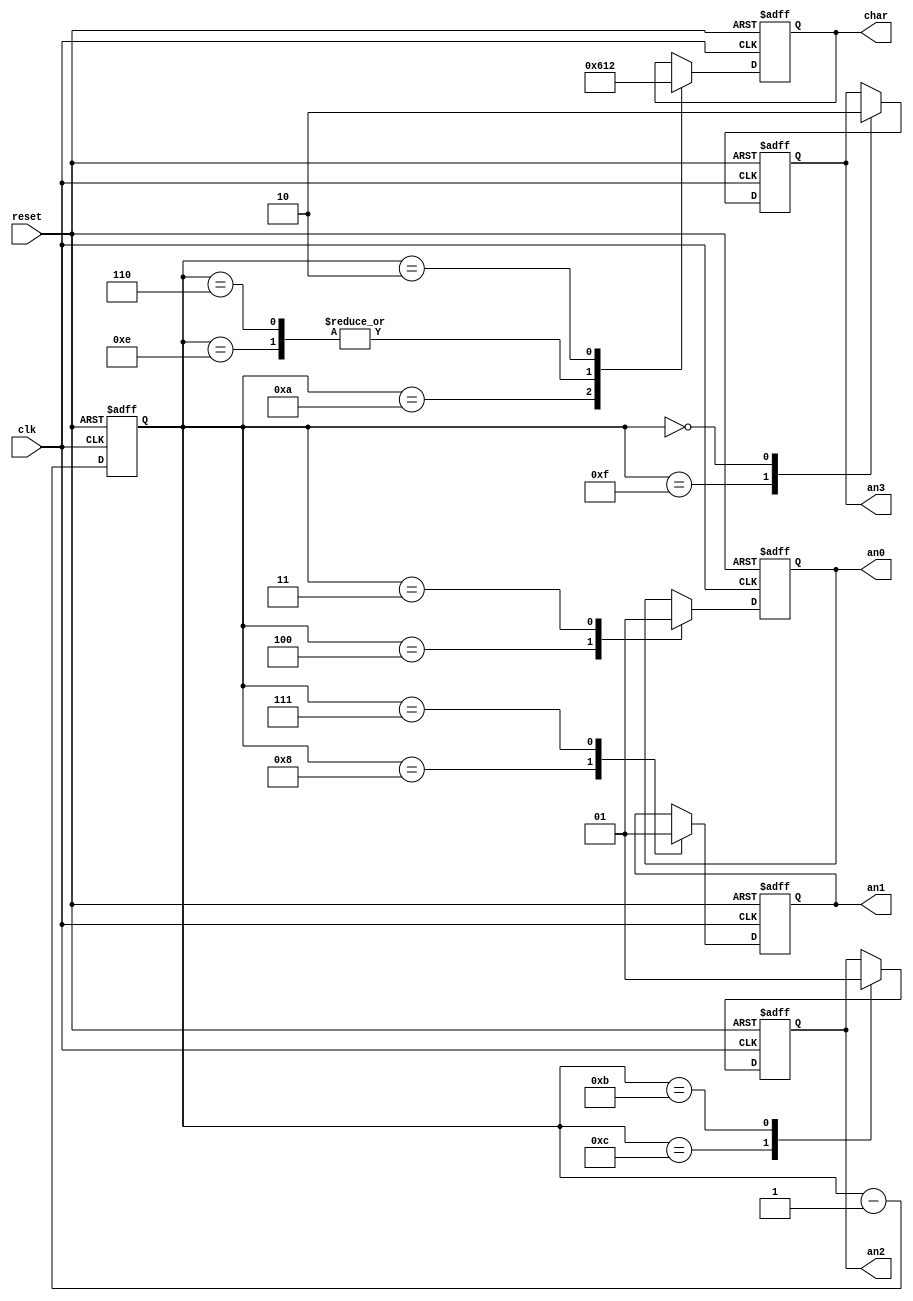
/* Axelou Olympia
 * oaxelou@uth.gr 
 * 2161
 * 
 * ce430
 * Project1: 7-Segment display
 *
 * Part B: 4-char message display (static)
 * 
 * fsm: chooses which anode is down and the character to display
 *  
 * input: the signals clk, reset
 * output: the anode and the char
 *
 *
 * Implementation: 
 * 
 *                                FLOW TABLE
 * 
 *     STATES        I N P U T S         O  U  T  P  U  T  S
 *
 *  state/counter |  reset  |  reset' | an3 | an2 | an1 | an0 || char
 *  -----------------------------------------------------------------
 *   init_state   | init_st |  0/0000 |  x  |  x  |  x  |  x  ||  x  
 *     15/1111    | init_st | 14/1110 |  0  |  1  |  1  |  1  ||  2     <- char: decimal values
 *     14/1110    | init_st | 13/1101 |  1  |  1  |  1  |  1  ||  2  
 *     12/1100    | init_st | 11/1011 |  1  |  1  |  1  |  1  ||  1  
 *     11/1011    | init_st | 10/1010 |  1  |  0  |  1  |  1  ||  1  
 *     10/1010    | init_st |  9/1001 |  1  |  1  |  1  |  1  ||  1  
 *      8/1000    | init_st |  7/0111 |  1  |  1  |  1  |  1  ||  6  
 *      7/0111    | init_st |  6/0110 |  1  |  1  |  0  |  1  ||  6  
 *      6/0110    | init_st |  5/0101 |  1  |  1  |  1  |  1  ||  6  
 *      4/0100    | init_st |  3/0011 |  1  |  1  |  1  |  1  ||  1  
 *      3/0011    | init_st |  2/0010 |  1  |  1  |  1  |  0  ||  1   
 *      2/0010    | init_st |  1/0001 |  1  |  1  |  1  |  1  ||  1  
 *      0/0000    | init_st | 15/1111 |  1  |  1  |  1  |  1  ||  2 
 *     default    | init_st | state-1 |  x  |  x  |  x  |  x  ||  x  <- the x value here means that we 
 *                                                                   don't care about the current value
 * How to read the table:
 * The reset & reset' columns show the next state.
 * The outputs columns show the current values of the regs.
 */

module fsm(clk, reset, an3, an2, an1, an0, char);
input clk, reset;
output an3, an2, an1, an0;
output [3:0] char;

reg [3:0] counter;
reg an3, an2, an1, an0;
reg [3:0] char;

always @(posedge clk or posedge reset) 
begin
	if(reset) 
	begin
		counter = 4'b0000;
		char = 4'b0010; 
		
		an3 = 1'b1; 
		an2 = 1'b1;
		an1 = 1'b1;
		an0 = 1'b1;
	end
	else 
	begin
		case(counter)
			4'b1111: 
			begin
				an3 = 1'b1;
				counter = counter - 1;
			end
			4'b1110: 
			begin 
				counter = counter - 1;
				char = 4'b0001;
			end
			4'b1100: 
			begin 
				counter = counter - 1; 
				an2 = 1'b0; 
			end 
			4'b1011: 
			begin 
				counter = counter - 1;
				an2 = 1'b1; 
			end	
			4'b1010: 
			begin 
				counter = counter - 1; 
				char = 4'b0110; 
			end
			4'b1000: 
			begin 
				counter = counter - 1; 
				an1 = 1'b0; 
			end 
			4'b0111: 
			begin
				counter = counter - 1;
				an1 = 1'b1;
			end
			4'b0110: 
			begin
				counter = counter - 1; 
				char = 4'b0001; 
			end
			4'b0100: 
			begin 
				counter = counter - 1; 
				an0 = 1'b0; 
			end 
			4'b0011: 
			begin
				counter = counter - 1;
				an0 = 1'b1;
			end
			4'b0010: 
			begin
				counter = counter - 1; 
				char = 4'b0010; 
			end
			4'b0000: 
			begin 
				counter = counter - 1; 
				an3 = 1'b0; 
			end
			default: counter = counter - 1;
		endcase
	end
end
endmodule